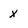
Character: x